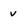
Character: v